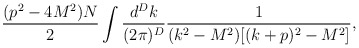
\begin{align*}\frac{(p^2-4M^2)N}2\int\frac{d^Dk}{(2\pi)^D} \frac{1}{(k^2-M^2)[(k+p)^2-M^2]},\end{align*}